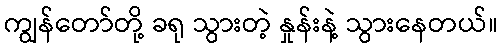
ကျွန်တော်တို့ ခရု သွားတဲ့ နှုန်းနဲ့ သွားနေတယ်။